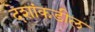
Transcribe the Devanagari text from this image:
देशांकडील